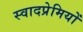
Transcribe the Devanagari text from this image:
स्वादप्रेमियों